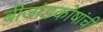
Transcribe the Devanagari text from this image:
बीजांडकोषांची